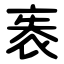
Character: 袠